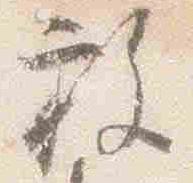
放